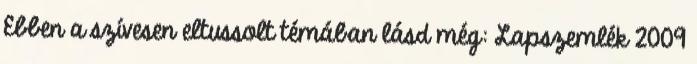
Ebben a szívesen eltussolt témában lásd még: Lapszemlék 2009